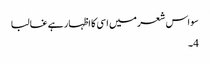
سو اس شعر میں اسی کا اظہار ہے غالبا
4۔